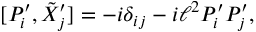
[ P _ { i } ^ { \prime } , \tilde { X } _ { j } ^ { \prime } ] = - i \delta _ { i j } - i \ell ^ { 2 } P _ { i } ^ { \prime } P _ { j } ^ { \prime } ,